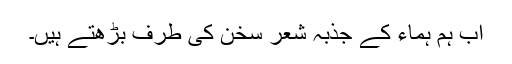
اب ہم ہماء کے جذبہ شعر سخن کی طرف بڑھتے ہیں۔